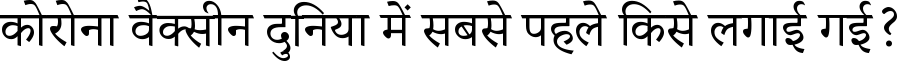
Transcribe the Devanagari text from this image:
कोरोना वैक्सीन दुनिया में सबसे पहले किसे लगाई गई?